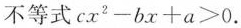
不等式$$cx^{2}-bx+a>0$$.